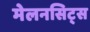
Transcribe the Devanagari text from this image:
मेलनसिट्स